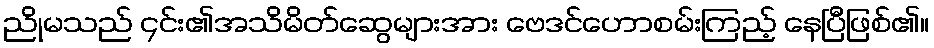
ညိုမသည် ၄င်း၏အသိမိတ်ဆွေများအား ဗေဒင်ဟောစမ်းကြည့် နေပြီဖြစ်၏။